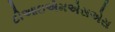
ટીઆઇએમએસએસ